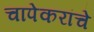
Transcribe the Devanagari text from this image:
चापेकरांचे